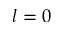
l = 0